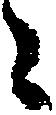
々